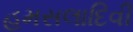
હમસલાદિવી